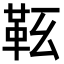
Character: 䩘